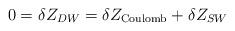
LaTeX: \begin{align*}0 = \delta Z_{DW} = \delta Z_{\rm Coulomb} + \delta Z_{SW}\end{align*}